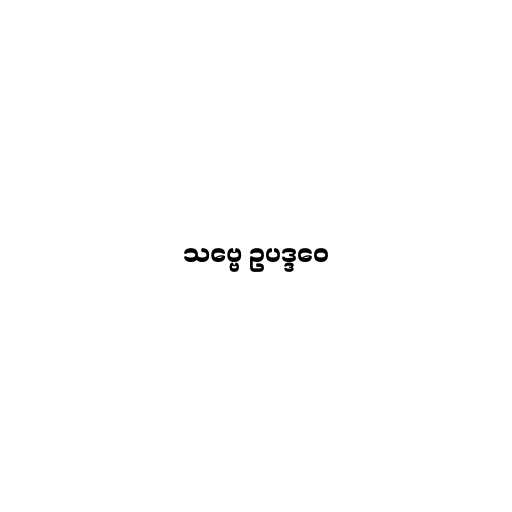
သဗ္ဗေ ဥပဒ္ဒဝေ